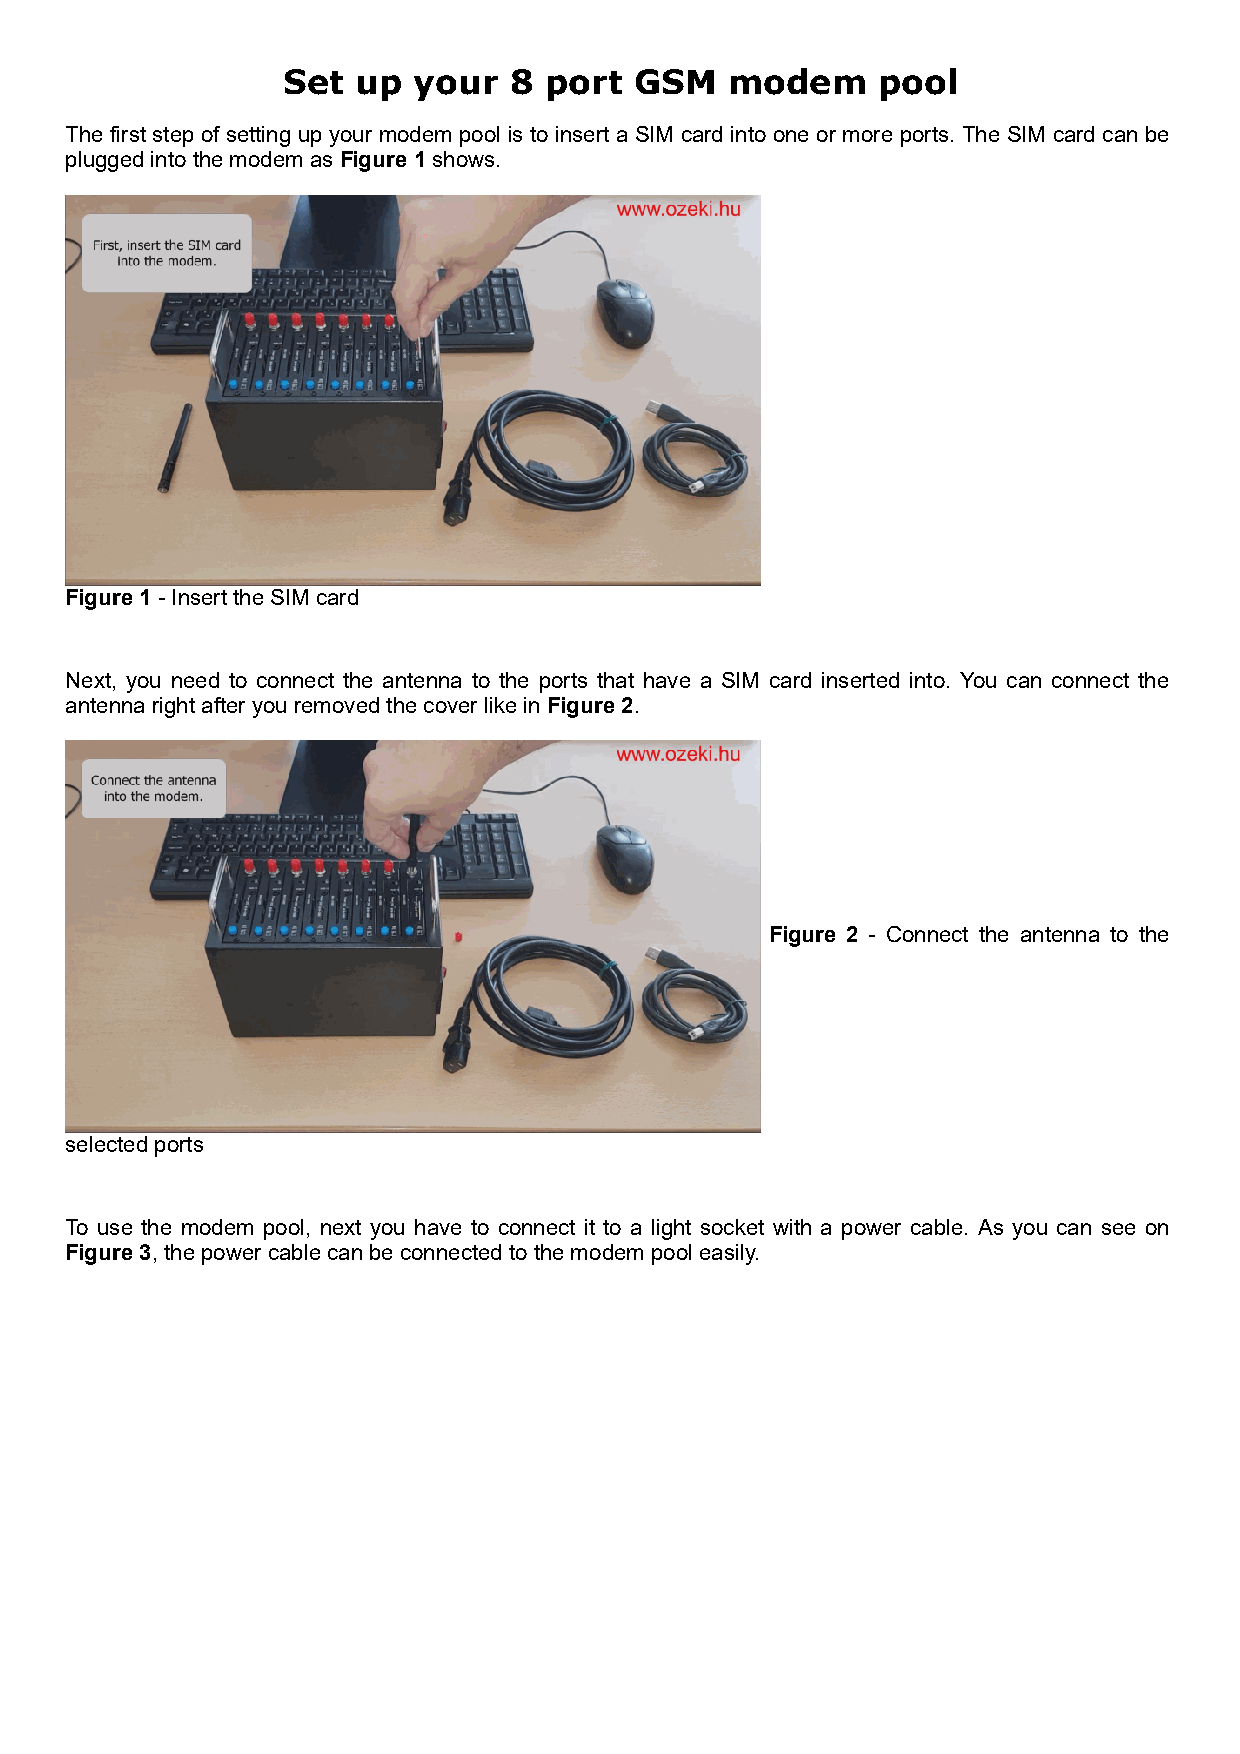
Set  up your   8 port  GSM   modem     pool
 The first step of setting up your modem pool is to insert a SIM card into one or more ports. The SIM card can be
 plugged into the modem as Figure 1 shows.
 Figure 1 - Insert the SIM card
 Next, you need to connect the antenna to the ports that have a SIM card inserted into. You can connect the
 antenna right after you removed the cover like in Figure 2.
 Figure 2 - Connect the antenna to the
 selected ports
 To use the modem pool, next you have to connect it to a light socket with a power cable. As you can see on
 Figure 3, the power cable can be connected to the modem pool easily.